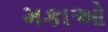
મકાઓ